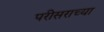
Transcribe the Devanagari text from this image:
परीसराच्या